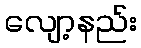
လျော့နည်း